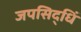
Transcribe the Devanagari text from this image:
जपसिद्धिं